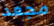
مجعد